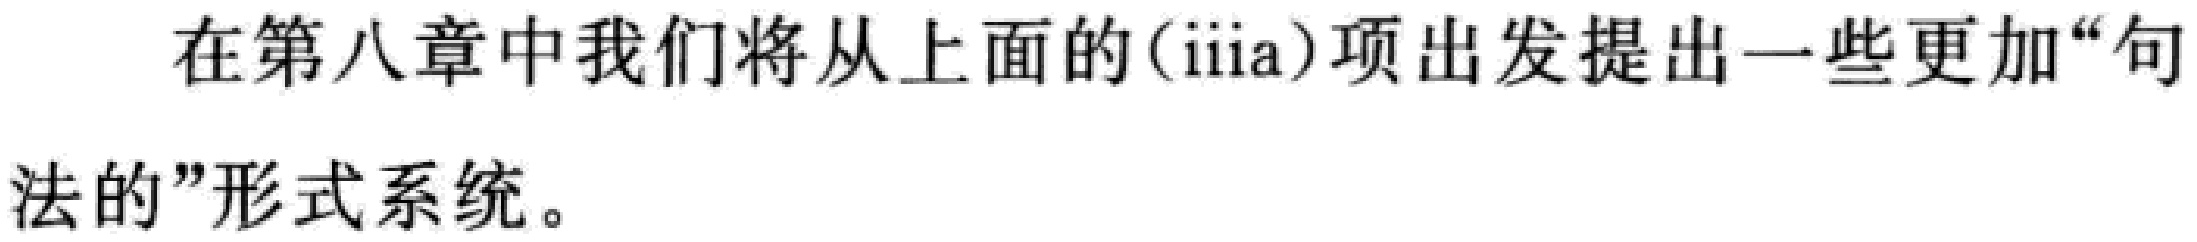
在第八章中我们将从上面的(iiiia)项出发提出一些更加“句法的”形式系统。